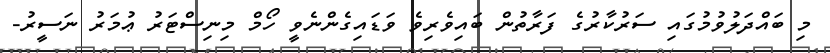
މި ބައްދަލުވުމުގައި ސަރުކާރުގެ ފަރާތުން ބައިވެރިވެ ވަޑައިގެންނެވީ ހޯމް މިނިސްޓަރު ޢުމަރު ނަސީރު-